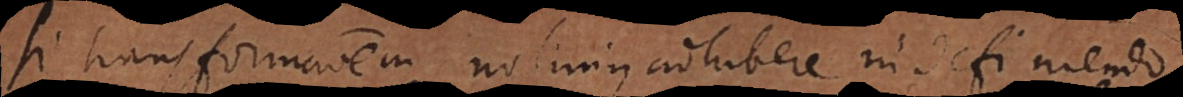
Si transformationem nolimus adhibere in definiendo,